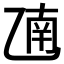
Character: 𫡫